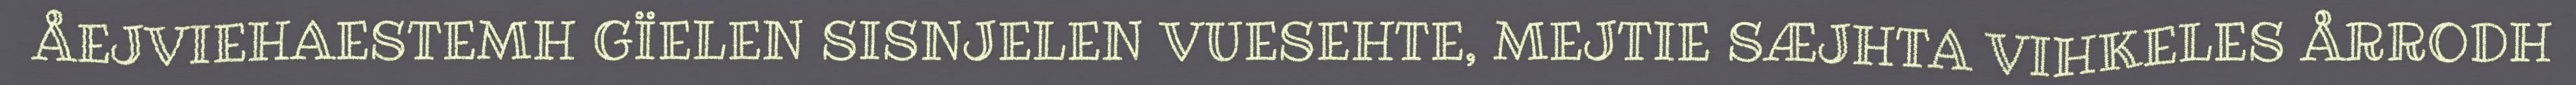
ÅEJVIEHAESTEMH GÏELEN SISNJELEN VUESEHTE, MEJTIE SÆJHTA VIHKELES ÅRRODH